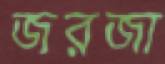
জরজা